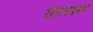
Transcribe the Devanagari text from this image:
येल्लाप्रगदा